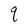
Character: q